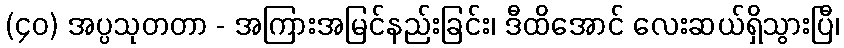
(၄၀) အပ္ပသုတတာ - အကြားအမြင်နည်းခြင်း၊ ဒီထိအောင် လေးဆယ်ရှိသွားပြီ၊